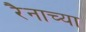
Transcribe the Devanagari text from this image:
रैनाच्या